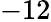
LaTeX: -12